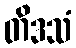
တိဒသံ